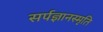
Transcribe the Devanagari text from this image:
सर्पज्ञानस्मृति